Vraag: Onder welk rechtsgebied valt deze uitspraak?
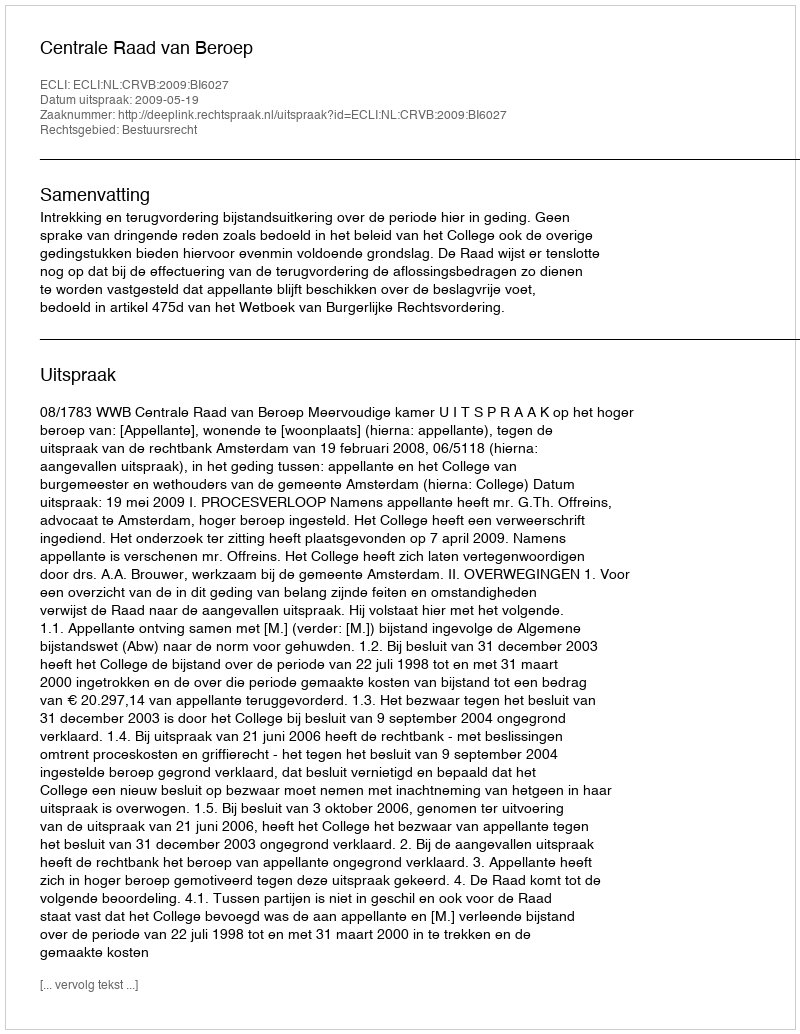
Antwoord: Bestuursrecht